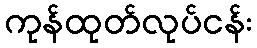
ကုန်ထုတ်လုပ်ငန်း